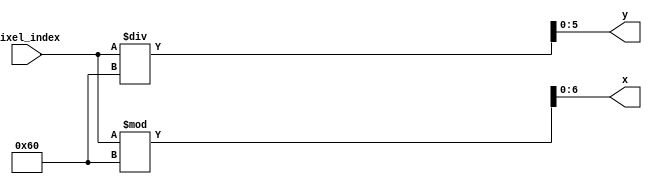
`timescale 1ns / 1ps
//////////////////////////////////////////////////////////////////////////////////
// Company: 
// Engineer: 
// 
// Design Name: 
// Module Name: coordinate
// Project Name: 
// Target Devices: 
// Tool Versions: 
// Description: 
// 
// Dependencies: 
// 
// Revision:
// Revision 0.01 - File Created
// Additional Comments:
// 
//////////////////////////////////////////////////////////////////////////////////

//95 // 63
module coordinate(input [12:0] pixel_index, output [6:0] x, output[5:0]y);
    assign x = pixel_index % 96;
    assign y = pixel_index / 96;
endmodule